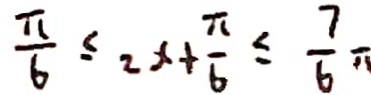
\frac { \pi } { 6 } \leq 2 x + \frac { \pi } { 6 } \leq \frac { 7 } { 6 } \pi